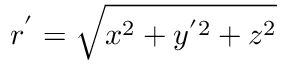
r ^ { ' } = \sqrt { x ^ { 2 } + y ^ { ' 2 } + z ^ { 2 } }